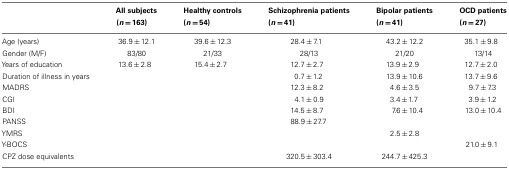
<table><thead><tr><td></td><td><b>All subjects (<i>n</i> = 163)</b></td><td><b>Healthy controls (<i>n</i> = 54)</b></td><td><b>Schizophrenia patients (<i>n</i> = 41)</b></td><td><b>Bipolar patients (<i>n</i> = 41)</b></td><td><b>OCD patients (<i>n</i> = 27)</b></td></tr></thead><tbody><tr><td>Age (years)</td><td>36.9 ± 12.1</td><td>39.6 ± 12.3</td><td>28.4 ± 7.1</td><td>43.2 ± 12.2</td><td>35.1 ± 9.8</td></tr><tr><td>Gender (M/F)</td><td>83/80</td><td>21/33</td><td>28/13</td><td>21/20</td><td>13/14</td></tr><tr><td>Years of education</td><td>13.6 ± 2.8</td><td>15.4 ± 2.7</td><td>12.7 ± 2.7</td><td>13.9 ± 2.9</td><td>12.7 ± 2.0</td></tr><tr><td>Duration of illness in years</td><td></td><td></td><td>0.7 ± 1.2</td><td>13.9 ± 10.6</td><td>13.7 ± 9.6</td></tr><tr><td>MADRS</td><td></td><td></td><td>12.3 ± 8.2</td><td>4.6 ± 3.5</td><td>9.7 ± 7.3</td></tr><tr><td>CGI</td><td></td><td></td><td>4.1 ± 0.9</td><td>3.4 ± 1.7</td><td>3.9 ± 1.2</td></tr><tr><td>BDI</td><td></td><td></td><td>14.5 ± 8.7</td><td>7.6 ± 10.4</td><td>13.0 ± 10.4</td></tr><tr><td>PANSS</td><td></td><td></td><td>88.9 ± 27.7</td><td></td><td></td></tr><tr><td>YMRS</td><td></td><td></td><td></td><td>2.5 ± 2.8</td><td></td></tr><tr><td>Y-BOCS</td><td></td><td></td><td></td><td></td><td>21.0 ± 9.1</td></tr><tr><td>CPZ dose equivalents</td><td></td><td></td><td>320.5 ± 303.4</td><td>244.7 ± 425.3</td><td></td></tr></tbody></table>